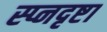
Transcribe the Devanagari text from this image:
स्प्नदृष्टा